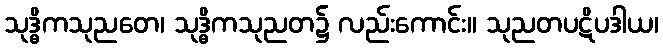
သုဒ္ဓိကသုညတေ၊ သုဒ္ဓိကသုညတ၌ လည်းကောင်း။ သုညတပဋိပဒါယ၊